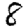
Digit: 8